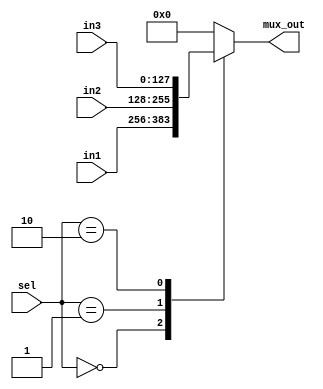
`timescale 1ns / 1ps
//////////////////////////////////////////////////////////////////////////////////
// Company: 
// Engineer: 
// 
// Design Name: 
// Module Name: mux_3x1
// Project Name: 
// Target Devices: 
// Tool Versions: 
// Description: 
// 
// Dependencies: 
// 
// Revision:
// Revision 0.01 - File Created
// Additional Comments:
// 
//////////////////////////////////////////////////////////////////////////////////


module mux_3x1(
    input [127 : 0] in1, in2, in3,
    input [1:0] sel,
    output reg [127 : 0] mux_out
    );
    
    always@(*)begin
        mux_out = 128'b0;
        case(sel)
            2'b00: mux_out = in1;
            2'b01: mux_out = in2;
            2'b10: mux_out = in3;
            default: mux_out = 128'b0;
        endcase
    end
endmodule